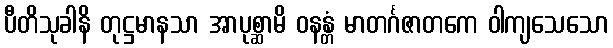
ပီတိသုခါနိ တုဋ္ဌမာနသာ အာပုစ္ဆာမိ ဝနန္တံ မာတင်္ဂဇာတကေ ဝါကျသေသော